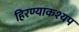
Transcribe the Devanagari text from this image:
हिरण्याकश्यप